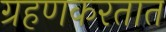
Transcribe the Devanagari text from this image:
ग्रहणकरतात